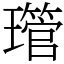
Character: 𤪔